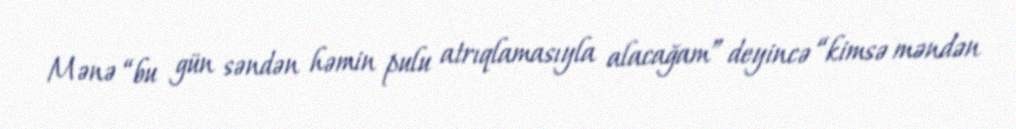
Mənə “bu gün səndən həmin pulu atrıqlamasıyla alacağam” deyincə “kimsə məndən